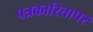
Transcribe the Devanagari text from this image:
पत्रकारितापर